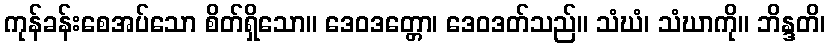
ကုန်ခန်းစေအပ်သော စိတ်ရှိသော။ ဒေဝဒတ္တော၊ ဒေဝဒတ်သည်။ သံဃံ၊ သံဃာကို။ ဘိန္ဒတိ၊